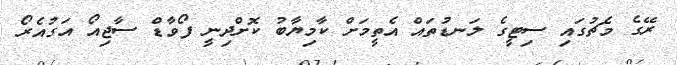
ރޭގެ މެޗުގައި ސިޓީގެ ލަނޑުތައް އެތީމަށް ކާމިޔާބު ކޮށްދިނީ ފޯވާޑް ސާޖިއޯ އަގުއެރޯ